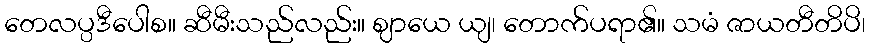
တေလပ္ပဒီပေါစ။ ဆီမီးသည်လည်း။ ဈာယေ ယျ၊ တောက်ပရာ၏။ သမံ ဇာယတီတိပိ၊